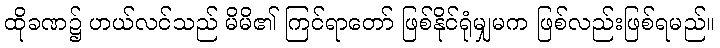
ထိုခဏ၌ ဟယ်လင်သည် မိမိ၏ ကြင်ရာတော် ဖြစ်နိုင်ရုံမျှမက ဖြစ်လည်းဖြစ်ရမည်။